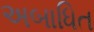
અબાધિત